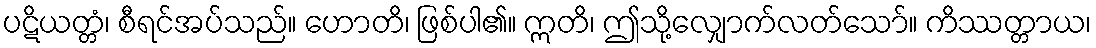
ပဋိယတ္တံ၊ စီရင်အပ်သည်။ ဟောတိ၊ ဖြစ်ပါ၏။ ဣတိ၊ ဤသို့လျှောက်လတ်သော်။ ကိဿတ္တာယ၊